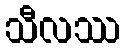
သီလဿ